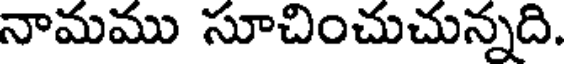
నామము సూచించుచున్నది.